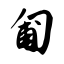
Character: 匍